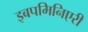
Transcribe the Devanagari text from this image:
इबपमिनिएरी